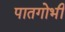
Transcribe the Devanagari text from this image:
पातगोभी